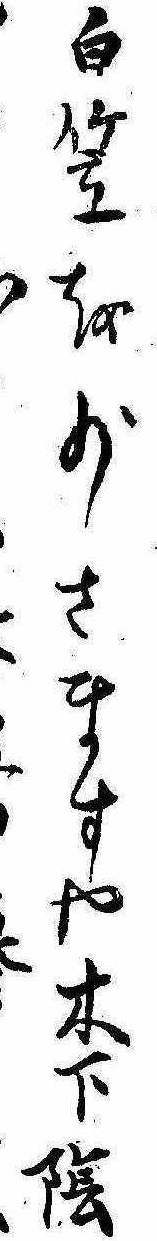
白笠を少さますや木下陰